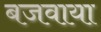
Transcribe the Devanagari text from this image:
बजवाया